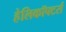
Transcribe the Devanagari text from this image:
हेलिकॉफ्टर्स